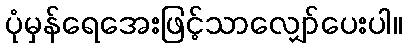
ပုံမှန်ရေအေးဖြင့်သာလျှော်ပေးပါ။